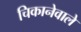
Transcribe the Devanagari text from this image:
चिकानेवाले